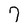
Character: 7